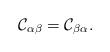
LaTeX: \begin{align*}\mathcal{C}_{\alpha\beta} = \mathcal{C}_{\beta\alpha}.\end{align*}